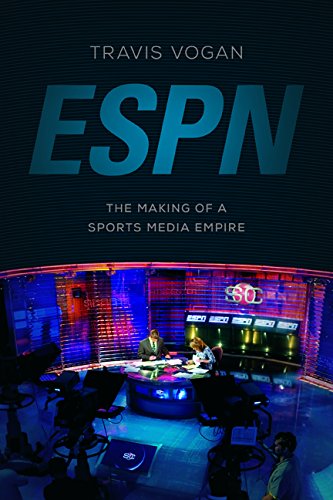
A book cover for ESPN: The Making of a Sports Media Empire; Travis Vogan; Humor & Entertainment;